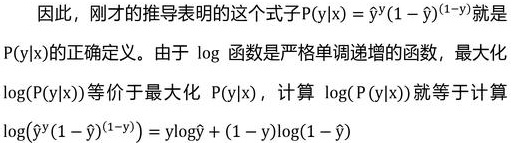
因此，刚才的推导表明的这个式子$P(y|x)=\hat{y}^y(1 - \hat{y})^{(1 - y)}$就是$P(y|x)$的正确定义。由于$\log$函数是严格单调递增的函数，最大化$\log(P(y|x))$等价于最大化$P(y|x)$，计算$\log(P(y|x))$就等于计算$\log(\hat{y}^y(1 - \hat{y})^{(1 - y)}) = y\log\hat{y}+(1 - y)\log(1 - \hat{y})$